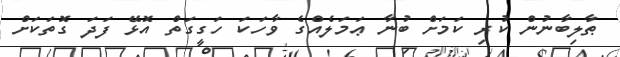
ޠާލިބާނުން ކުރި ކަމަށް ބުނާ ޢަމަލެއްގެ ވާހަކަ ހަގީގަތް އޮޅޭ ފަދަ ގޮތަކަށް